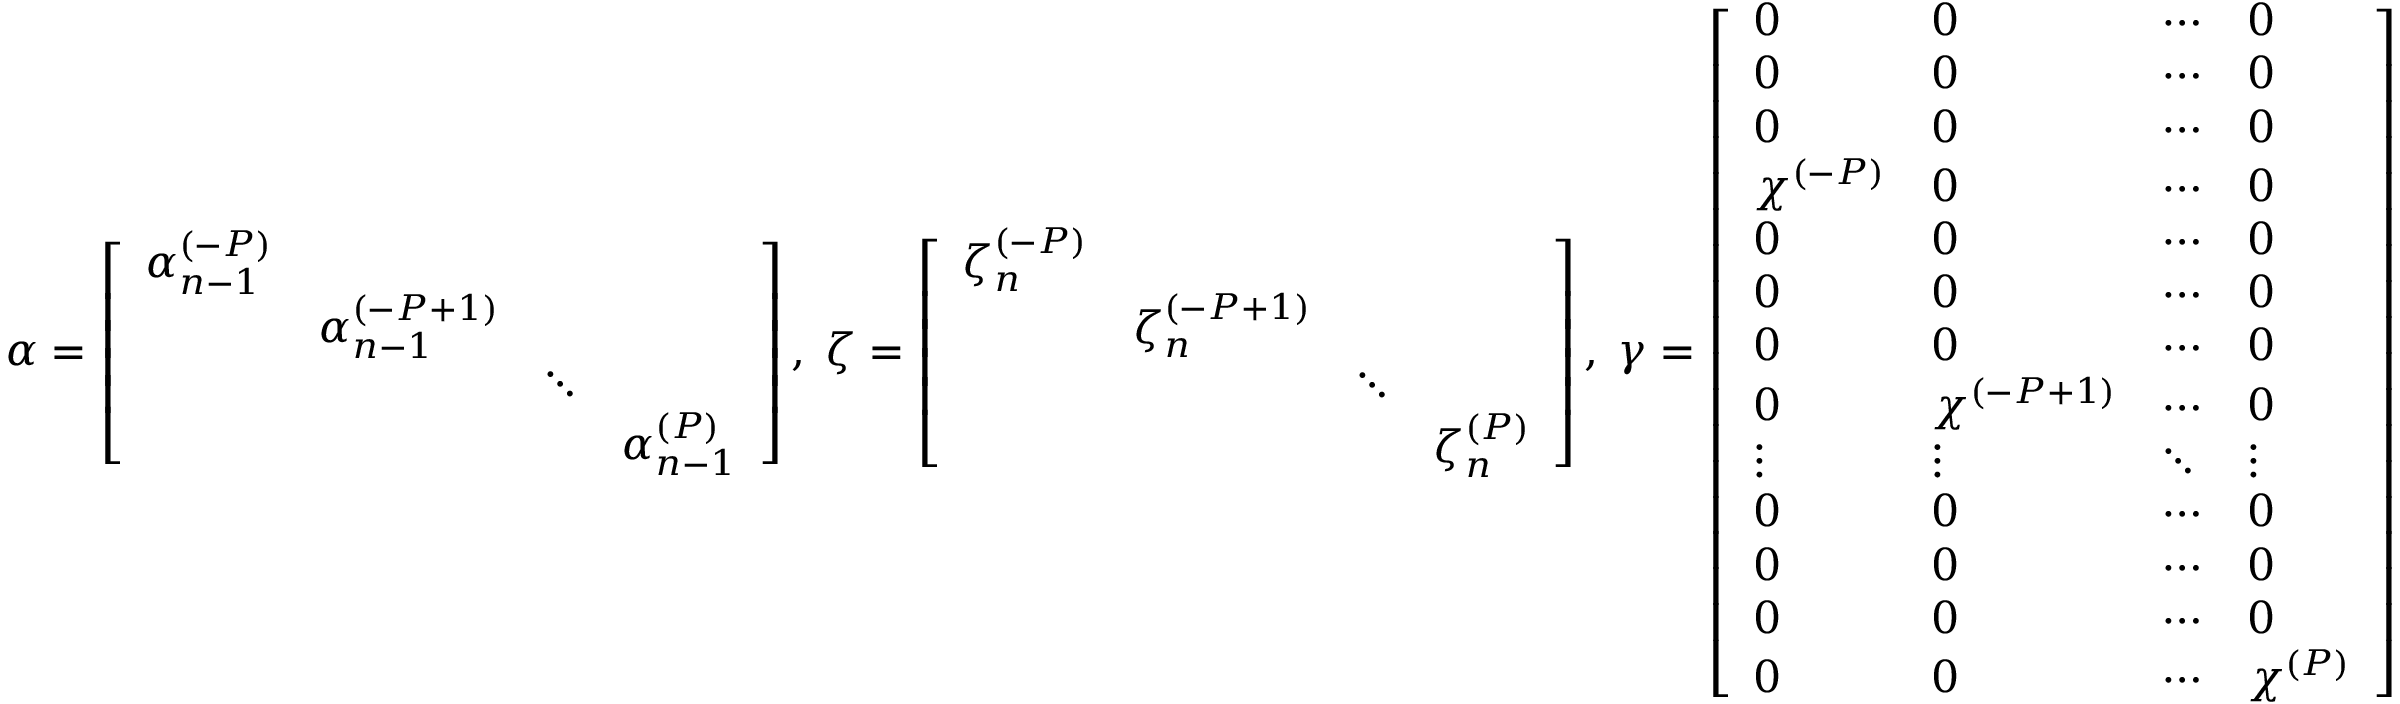
\boldsymbol \alpha = \left[ \begin{array} { c c c c } { \boldsymbol \alpha _ { n - 1 } ^ { ( - P ) } } & & & \\ & { \boldsymbol \alpha _ { n - 1 } ^ { ( - P + 1 ) } } & & \\ & & { \ddots } & \\ & & & { \boldsymbol \alpha _ { n - 1 } ^ { ( P ) } } \end{array} \right] , \; \boldsymbol \zeta = \left[ \begin{array} { c c c c } { \boldsymbol \zeta _ { n } ^ { ( - P ) } } & & & \\ & { \boldsymbol \zeta _ { n } ^ { ( - P + 1 ) } } & & \\ & & { \ddots } & \\ & & & { \boldsymbol \zeta _ { n } ^ { ( P ) } } \end{array} \right] , \; \boldsymbol \gamma = \left[ \begin{array} { l l l l } { 0 } & { 0 } & { \cdots } & { 0 } \\ { 0 } & { 0 } & { \cdots } & { 0 } \\ { 0 } & { 0 } & { \cdots } & { 0 } \\ { \chi ^ { ( - P ) } } & { 0 } & { \cdots } & { 0 } \\ { 0 } & { 0 } & { \cdots } & { 0 } \\ { 0 } & { 0 } & { \cdots } & { 0 } \\ { 0 } & { 0 } & { \cdots } & { 0 } \\ { 0 } & { \chi ^ { ( - P + 1 ) } } & { \cdots } & { 0 } \\ { \vdots } & { \vdots } & { \ddots } & { \vdots } \\ { 0 } & { 0 } & { \cdots } & { 0 } \\ { 0 } & { 0 } & { \cdots } & { 0 } \\ { 0 } & { 0 } & { \cdots } & { 0 } \\ { 0 } & { 0 } & { \cdots } & { \chi ^ { ( P ) } } \end{array} \right]